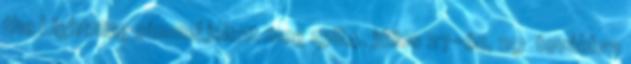
the Lightning címmel jelent meg 1984. július 27-én, 29 továbbra